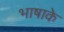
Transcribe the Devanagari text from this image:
भाषाके